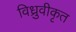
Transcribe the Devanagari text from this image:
विध्रुवीकृत